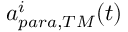
a _ { p a r a , T M } ^ { i } ( t )